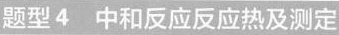
题型4 中和反应反应热及测定